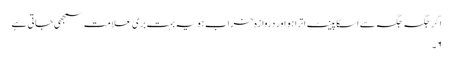
اگر جگہ جگہ سے اسکا پینٹ اترا ہو اور دروازہ خراب ہو یہ بہت بری علامت سمجھی جاتی ہے
۶۔